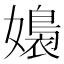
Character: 嬝